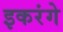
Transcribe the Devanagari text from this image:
इकरंगे